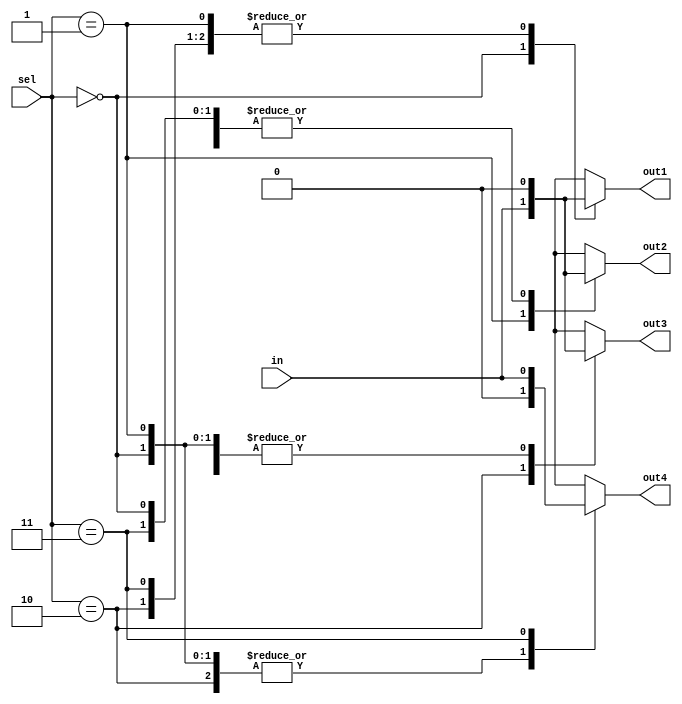
/*1:4 demux*/
/* Behvaioral model */
module demux(in,sel,out1,out2,out3,out4);
  input in;
  input [1:0] sel;
  output reg out1,out2,out3,out4;
  parameter S1 = 2'b00, S2 = 2'b01, S3 = 2'b10, S4 = 2'b11;
  
  always@(in,sel)begin
    case(sel)
      S1: begin out1 = in;
      out2 = 1'b0;
      out3 = 1'b0;
        out4 = 1'b0; end
      S2: begin out1 = 1'b0;
      out2 = in;
      out3 = 1'b0;
        out4 = 1'b0;end
      S3: begin out1 = 1'b0;
      out2 = 1'b0;
      out3 = in;
        out4 = 1'b0;end
      S4: begin out1 = 1'b0;
      out2 = 1'b0;
      out3 = 1'b0;
        out4 = in; end
    endcase
  end
endmodule

/*Testbench*/
module demux_tb;
  reg in;
  reg [1:0] sel;
  wire out1,out2,out3,out4;
  
  demux DM(in,sel,out1,out2,out3,out4);
  
  initial $monitor($time," in = %b, sel =%b, out1=%b, out2=%b, out3=%b, out4=%b",in,sel,out1,out2,out3,out4);
  
  initial begin
    in = 1'b1; sel = 2'b00;
    #10 in = 1'b1; sel = 2'b10;
    #10 in = 1'b1; sel = 2'b01;
    #10 in = 1'b1; sel = 2'b11;
    #10 $finish;
  end
  initial begin
    $dumpfile("dump.vcd");
    $dumpvars;
  end
endmodule